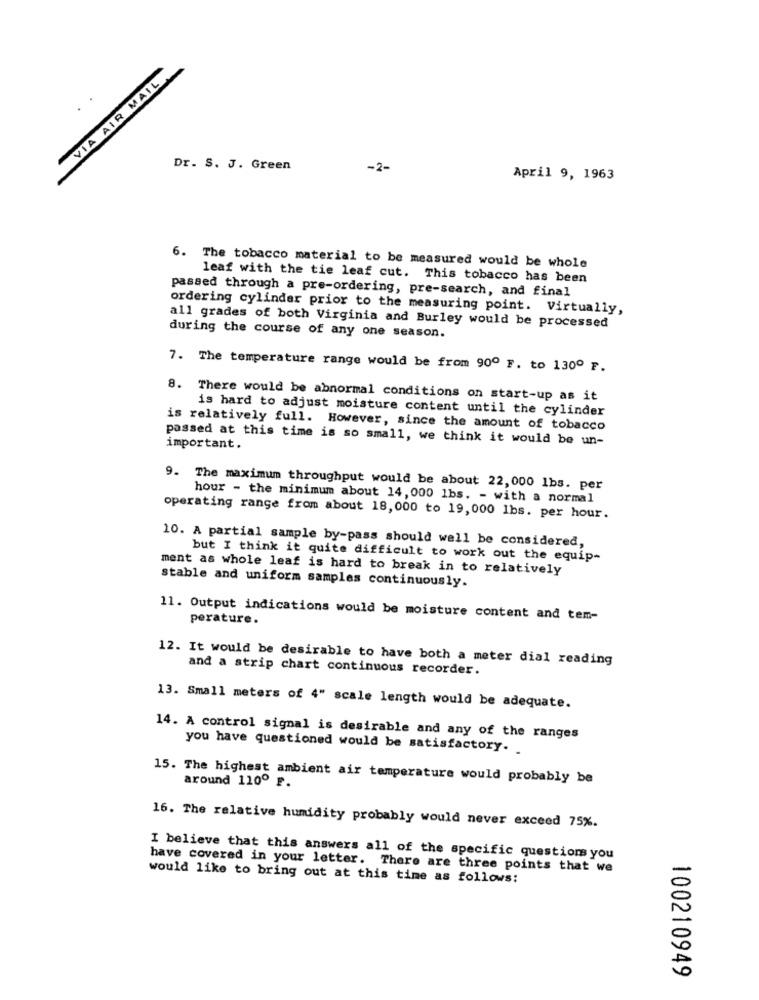
VIA AIR MAIL
Dr. S. J. Green
-2-
April 9, 1963
6. The tobacco material to be measured would be whole
leaf with the tie leaf cut. This tobacco has been
passed through a pre-ordering, pre-search, and final
ordering cylinder prior to the measuring point. Virtually,
all grades of both Virginia and Burley would be processed
during the course of any one season.
7. The temperature range would be from 90º F. to 130º F.
8. There would be abnormal conditions on start-up as it
is hard to adjust moisture content until the cylinder
is relatively full. However, since the amount of tobacco
passed at this time is so small, we think it would be un-
important.
9. The maximum throughput would be about 22, 000 1bs. per
hour - the minimum about 14, 000 1bs. - with a normal
operating range from about 18,000 to 19, 000 1bs. per hour.
10. A partial sample by-pass should well be considered,
but I think it quite difficult to work out the equip-
ment as whole leaf is hard to break in to relatively
stable and uniform samples continuously.
11. Output indications would be moisture content and tem-
perature.
12. It would be desirable to have both a meter dial reading
and a strip chart continuous recorder.
13. Small meters of 4" scale length would be adequate.
14. A control signal is desirable and any of the ranges
you have questioned would be satisfactory. .
15. The highest ambient air temperature would probably be
around 110º F.
16. The relative humidity probably would never exceed 75%.
I believe that this answers all of the specific questions you
have covered in your letter. There are three points that we
would like to bring out at this time as follows:
100210949